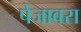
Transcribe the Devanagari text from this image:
पेजावरा